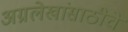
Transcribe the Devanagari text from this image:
अग्रलेखांसाठीचे